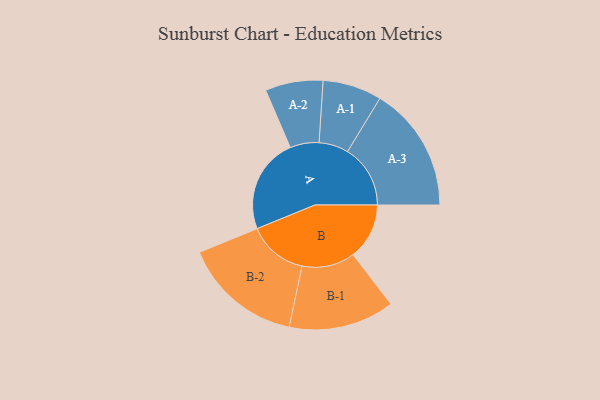
{"axis": {"x": "Segment", "y": "Value"}, "legend": ["", "A", "B"], "data": [{"x": "A", "y": 432, "type": ""}, {"x": "B", "y": 255, "type": ""}, {"x": "A-1", "y": 134, "type": "A"}, {"x": "A-2", "y": 131, "type": "A"}, {"x": "A-3", "y": 285, "type": "A"}, {"x": "B-1", "y": 240, "type": "B"}, {"x": "B-2", "y": 271, "type": "B"}]}